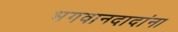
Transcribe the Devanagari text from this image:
भगवानदादांना